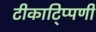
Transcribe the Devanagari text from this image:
टीकाटि्प्पणी